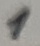
Text: 1